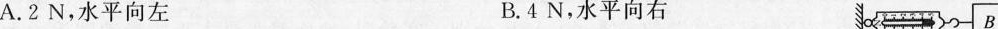
A.2N，水平向左 B.4N，水平向右B│